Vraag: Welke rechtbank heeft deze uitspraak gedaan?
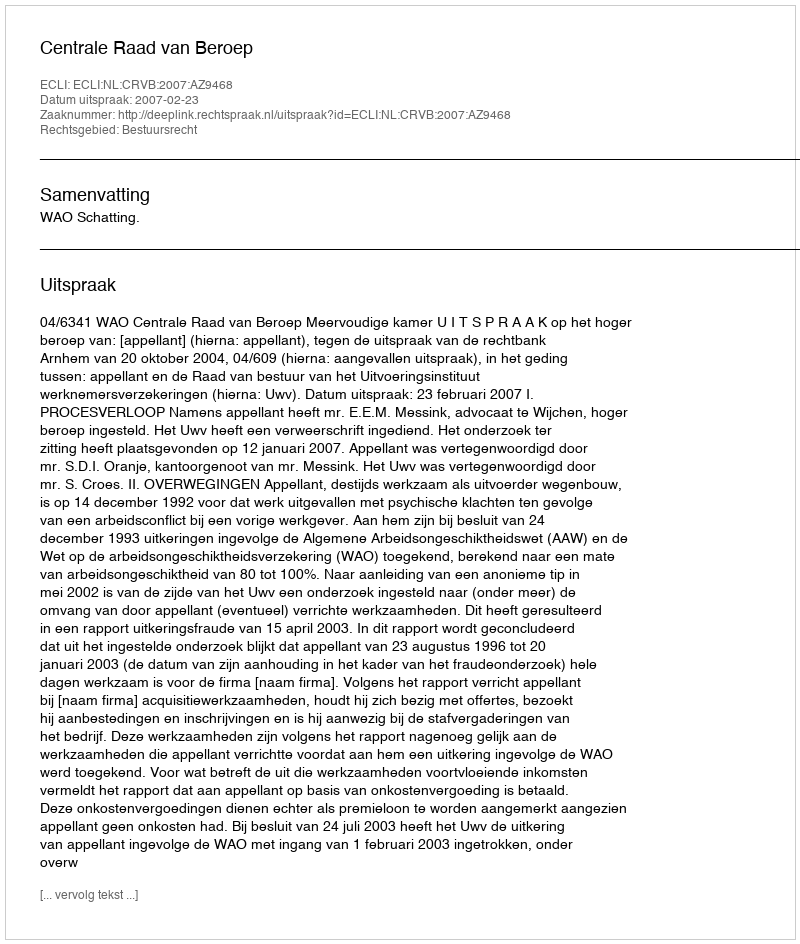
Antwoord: Centrale Raad van Beroep